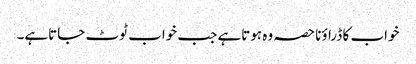
خواب کا ڈراؤنا حصہ وہ ہوتاہے جب خواب ٹوٹ جاتاہے۔